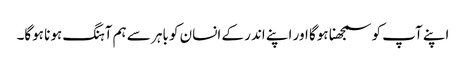
اپنے آپ کو سمجھنا ہوگا اور اپنے اندر کے انسان کو باہر سے ہم آہنگ ہونا ہوگا۔